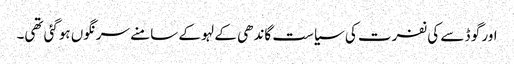
اور گو ڈ سے کی نفرت کی سیاست گاندھی کے لہو کے سامنے سرنگوں ہوگئی تھی۔